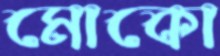
মোকো